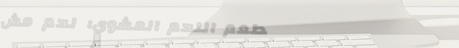
مطعم اللحم المشوي: لحم مش